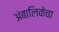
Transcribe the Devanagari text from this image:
अंबालिकेचा